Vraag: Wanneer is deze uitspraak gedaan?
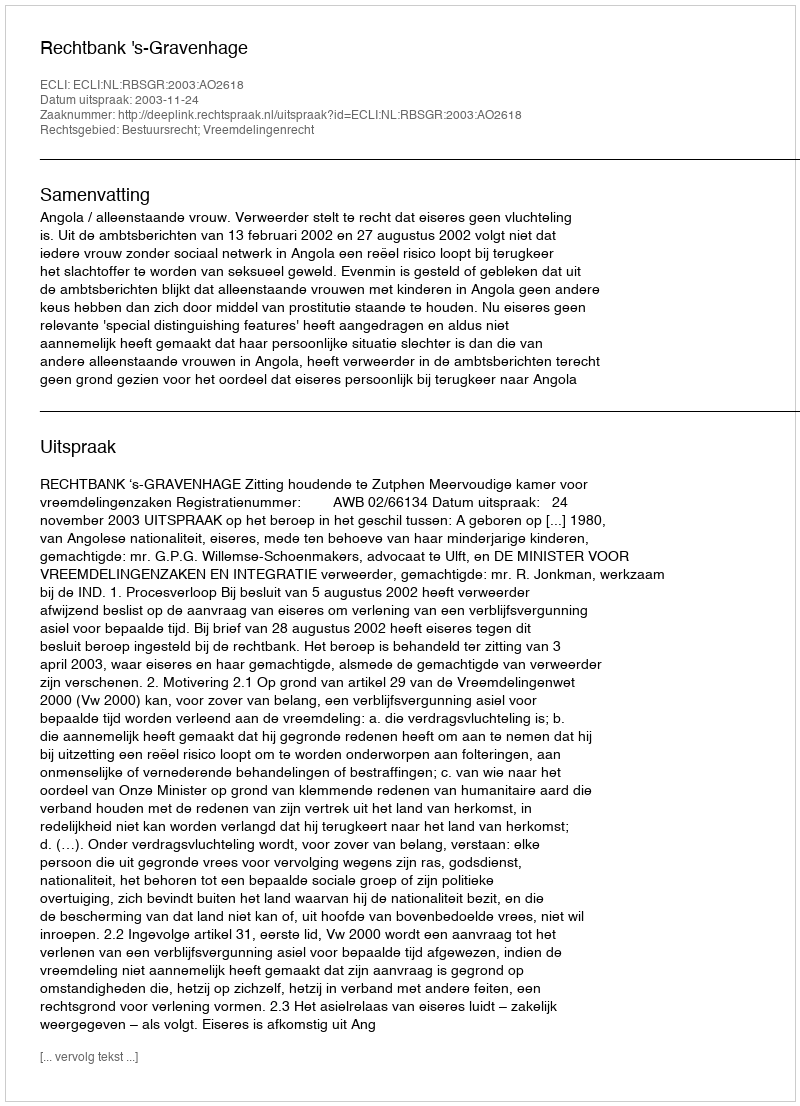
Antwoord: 2003-11-24